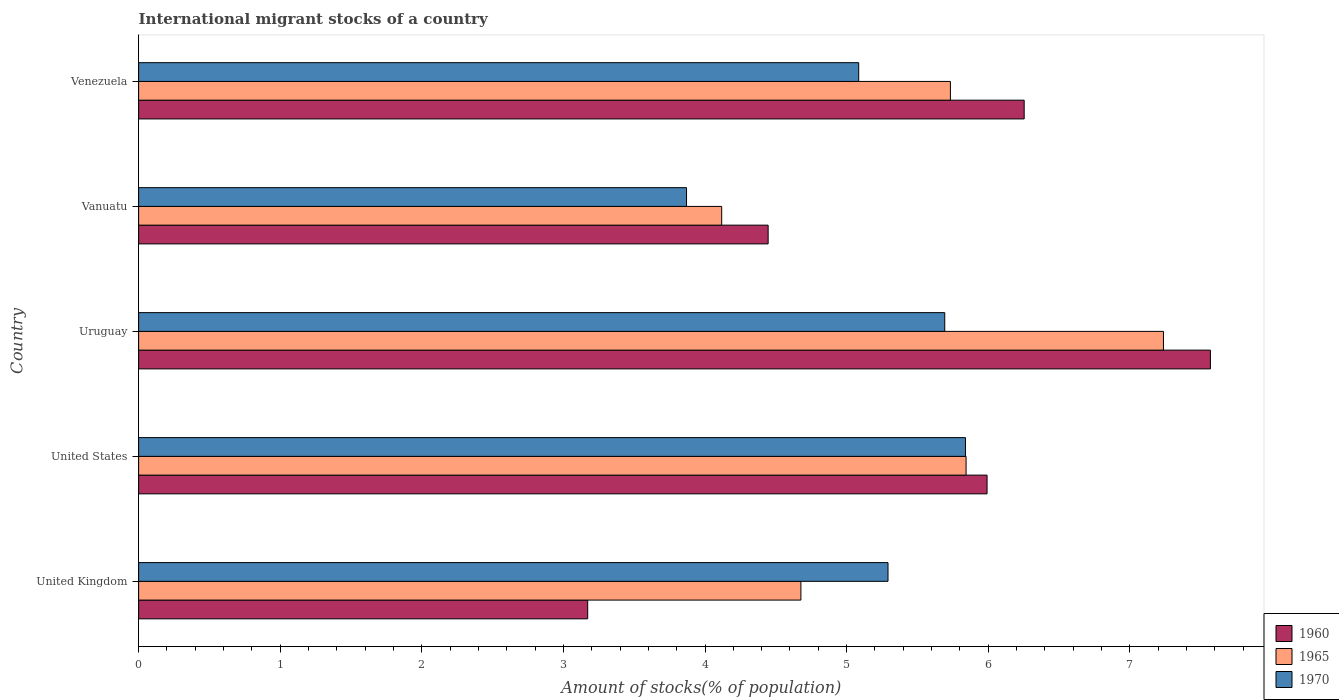
| Country | 1960 | 1965 | 1970 |
 | --- | --- | --- | --- |
 | United Kingdom | 3.17 | 4.68 | 5.29 |
 | United States | 5.99 | 5.84 | 5.84 |
 | Uruguay | 7.57 | 7.24 | 5.69 |
 | Vanuatu | 4.45 | 4.12 | 3.87 |
 | Venezuela | 6.25 | 5.73 | 5.09 |